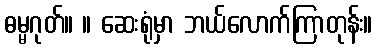
ဓမ္မဂုတ်။ ။ ဆေးရုံမှာ ဘယ်လောက်ကြာတုန်း။